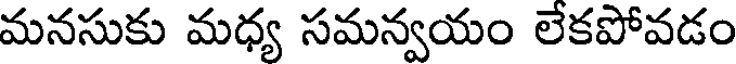
మనసుకు మధ్య సమన్వయం లేకపోవడం